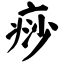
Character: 痧